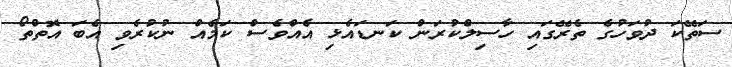
ސަތޭކަ ދުވަހުގެ ތެރޭގައި ހާސިލްކުރަން ކަނޑައެޅި އެއްވެސް ކަމެއް ނުކުރެވި އެބަ އޮތްތޯ